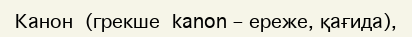
Канон  (грекше  kanon – ереже, қағида),